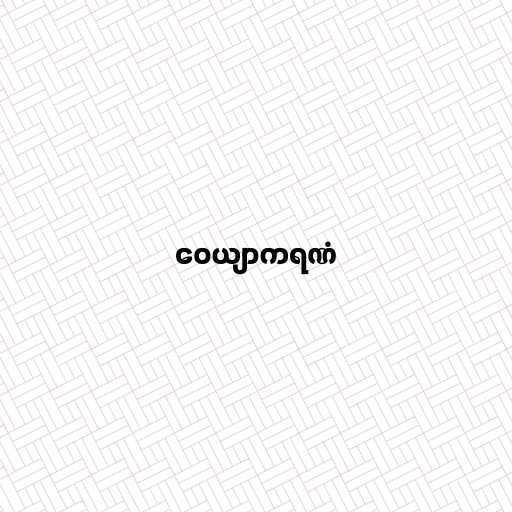
ဝေယျာကရဏံ